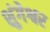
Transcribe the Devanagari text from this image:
शुंगेश्वर